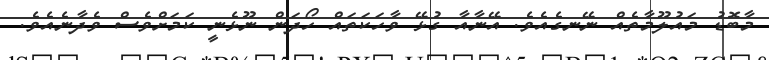
މާބޮޑު މައުލޫމާތެއް ނޭނގެއެވެ. އޭނާއާ ގުޅޭ ވާހަކަތައް ހޯދަން ނޫޅެނީ ކަމަށްވެސް ވެދާނެއެވެ.